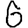
Digit: 6